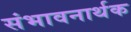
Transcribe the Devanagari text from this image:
संभावनार्थक